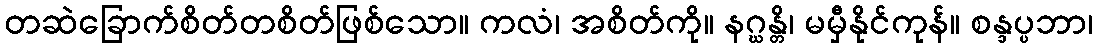
တဆဲခြောက်စိတ်တစိတ်ဖြစ်သော။ ကလံ၊ အစိတ်ကို။ နဂ္ဃန္တိ၊ မမှီနိုင်ကုန်။ စန္ဒပ္ပဘာ၊